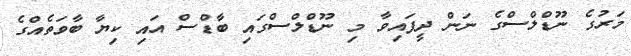
މަރުގެ ނޫޑްލްސްގެ ނަން ދީފައިވާ މި ނޫޑްލްސްގައި ބާޑްސް އައި ކިޔާ ބާވަތެއްގެ